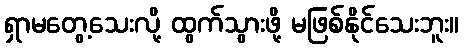
ရှာမတွေ့သေးလို့ ထွက်သွားဖို့ မဖြစ်နိုင်သေးဘူး။